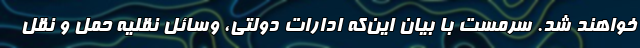
خواهند شد. سرمست با بیان این‌که ادارات دولتی، وسائل نقلیه حمل و نقل